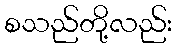
စသည်တို့လည်း